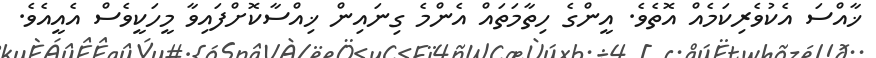
ޚާއްސަ އެކުވެރިކަމެއް އޮތެވެ. އީންގެ ހިތާމަތައް އެންމެ ގިނައިން ޚިއްސާކޮށްފައިވާ މީހަކީވެސް އެއީއެވެ.